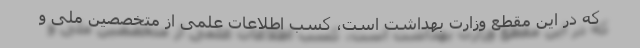
که در این مقطع وزارت بهداشت است، کسب اطلاعات علمی از متخصصین ملی و